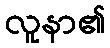
လူနာ၏